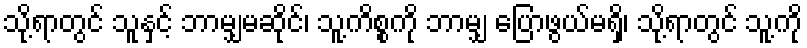
သို့ရာတွင် သူနှင့် ဘာမျှမဆိုင်၊ သူ့ကိစ္စကို ဘာမျှ ပြောဖွယ်မရှိ၊ သို့ရာတွင် သူ့ကို